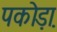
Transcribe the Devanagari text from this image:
पकोड़ा़